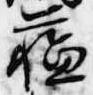
蘓